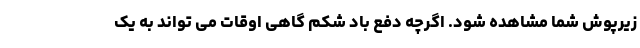
زیرپوش شما مشاهده شود. اگرچه دفع باد شکم گاهی اوقات می تواند به یک